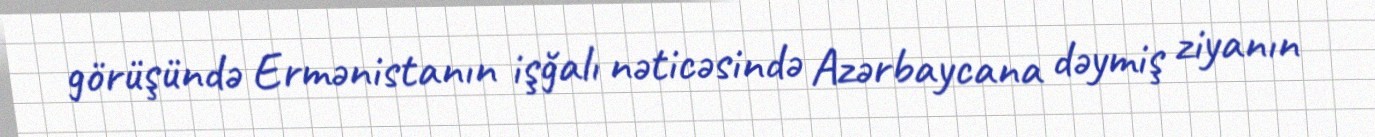
görüşündə Ermənistanın işğalı nəticəsində Azərbaycana dəymiş ziyanın